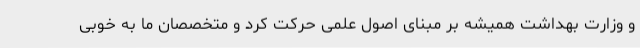
و وزارت بهداشت همیشه بر مبنای اصول علمی حرکت کرد و متخصصان ما به خوبی